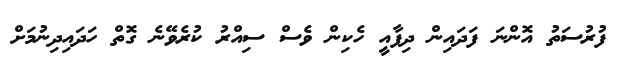
ފުރުސަތު އޮންނަ ފަދައިން ދިފާއީ ހެކިން ވެސް ސިއްރު ކުރެވޭނެ ގޮތް ހަދައިދިނުމަށް